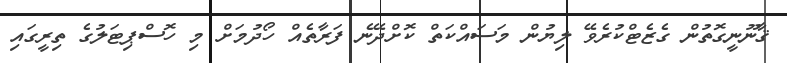
ޤާނޫނީގޮތުން ގެޒެޓްކުރެވޭ ލިޔުން މަސައްކަތް ކޮށްދޭނެ ފަރާތެއް ހޯދުމަށް މި ހޮސްޕިޓަލުގެ ތިރީގައި